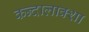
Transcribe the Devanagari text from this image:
कन्दालाक्शा